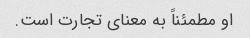
او مطمئناً به معنای تجارت است.